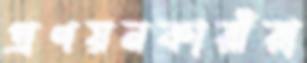
প্রণয়নকারীরা